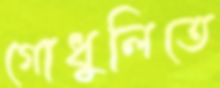
গোধুলিতে